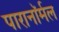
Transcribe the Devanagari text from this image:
पारानाॅर्मल